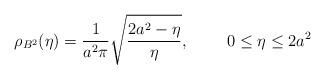
LaTeX: \begin{align*}\rho_{B^2 } (\eta ) = \frac{1}{a^2 \pi } \sqrt{\frac{2a^2 -\eta }{\eta } } ,\ \ \ \ \ \ \ 0\le \eta \le 2a^2\end{align*}